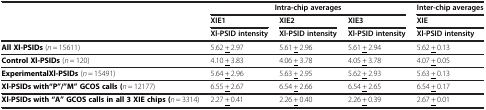
<table><thead><tr><td><b> </b></td><td colspan="3"><b>Intra-chip averages</b></td><td><b>Inter-chip averages</b></td></tr><tr><td rowspan="2"><b> </b></td><td><b>XIE1</b></td><td><b>XIE2</b></td><td><b>XIE3</b></td><td><b>XIE</b></td></tr><tr><td><b>Xl-PSID intensity</b></td><td><b>Xl-PSID intensity</b></td><td><b>Xl-PSID intensity</b></td><td><b>Xl-PSID intensity</b></td></tr></thead><tbody><tr><td><b>All Xl-PSIDs</b>(<i>n</i> = 15611)</td><td>5.62 <underline>+</underline> 2.97</td><td>5.61 <underline>+</underline> 2.96</td><td>5.61 <underline>+</underline> 2.94</td><td>5.62 <underline>+</underline> 0.13</td></tr><tr><td><b>Control Xl-PSIDs</b>(<i>n</i> = 120)</td><td>4.10 <underline>+</underline> 3.83</td><td>4.06 <underline>+</underline> 3.78</td><td>4.05 <underline>+</underline> 3.78</td><td>4.07 <underline>+</underline> 0.05</td></tr><tr><td><b>Experimental</b><b>Xl-PSIDs</b>(<i>n</i> = 15491)</td><td>5.64 <underline>+</underline> 2.96</td><td>5.63 <underline>+</underline> 2.95</td><td>5.62 <underline>+</underline> 2.93</td><td>5.63 <underline>+</underline> 0.13</td></tr><tr><td><b>Xl-PSIDs with</b><b>“P”/”M” GCOS calls</b><b>(</b><i>n</i> = 12177)</td><td>6.55 <underline>+</underline> 2.67</td><td>6.54 <underline>+</underline> 2.66</td><td>6.54 <underline>+</underline> 2.65</td><td>6.54 <underline>+</underline> 0.17</td></tr><tr><td><b>Xl-PSIDs with “A” GCOS calls in all 3 XIE chips</b><b>(</b><i>n </i>= 3314)</td><td>2.27 <underline>+</underline> 0.41</td><td>2.26 <underline>+</underline> 0.40</td><td>2.26 <underline>+</underline> 0.39</td><td>2.67 <underline>+</underline> 0.01</td></tr></tbody></table>